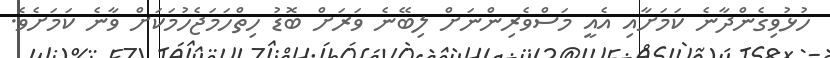
ހުޅުވިގެންދާނެ ކަަމަށާއި އެއީ މަސްވެރިންނަށް ލިބޭނެ ވަރަށް ބޮޑު ހިތްހަމަޖެހުމަކަށް ވާނެ ކަމަށެވެ.